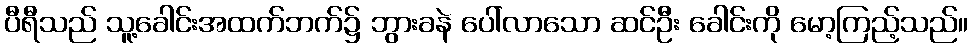
ပီရီသည် သူ့ခေါင်းအထက်ဘက်၌ ဘွားခနဲ ပေါ်လာသော ဆင်ဦး ခေါင်းကို မော့ကြည့်သည်။